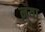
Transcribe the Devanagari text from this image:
ऩया